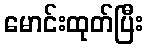
မောင်းထုတ်ပြီး